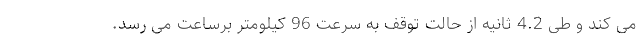
می کند و طی 4.2 ثانیه از حالت توقف به سرعت 96 کیلومتر برساعت می رسد.